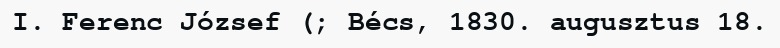
I. Ferenc József (; Bécs, 1830. augusztus 18.